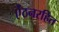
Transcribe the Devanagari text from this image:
ऐंठनरहित